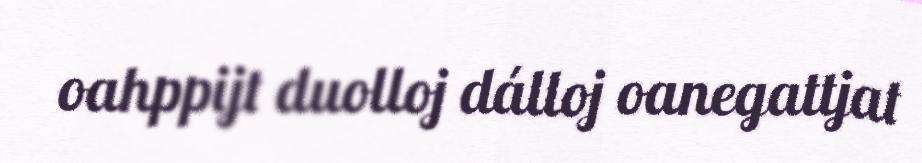
oahppijt duolloj dálloj oanegattjat